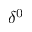
\delta ^ { 0 }